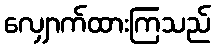
လျှောက်ထားကြသည်